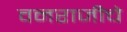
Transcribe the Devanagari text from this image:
वनराजीचे